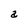
Character: a